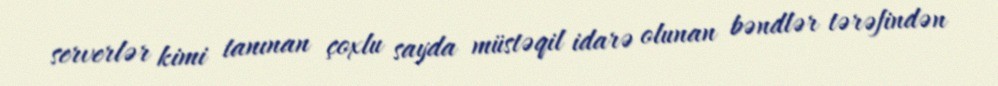
serverlər kimi tanınan çoxlu sayda müstəqil idarə olunan bəndlər tərəfindən